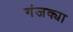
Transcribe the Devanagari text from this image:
गंजक्या